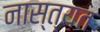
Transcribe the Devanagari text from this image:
नास्त्यत